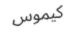
كيموس